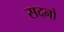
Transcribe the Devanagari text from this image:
सदनो